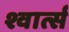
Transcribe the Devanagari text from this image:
श्वार्त्स